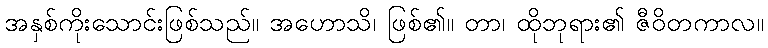
အနှစ်ကိုးသောင်းဖြစ်သည်။ အဟောသိ၊ ဖြစ်၏။ တာ၊ ထိုဘုရား၏ ဇီဝိတကာလ။